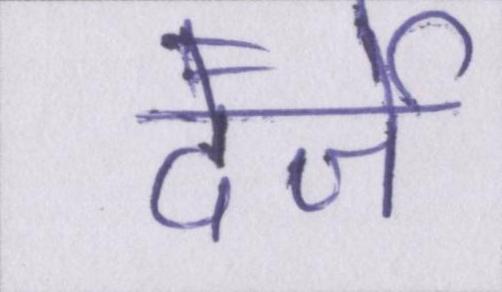
दर्जे